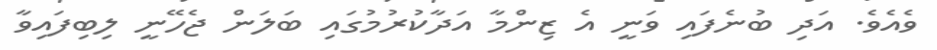
ވެއެވެެ. އަދި ބުނެފައި ވަނީ އެ ޒިންމާ އަދާކުރުމުގައި ބަލަން ޖެހޭނީ ލިބިފައިވާ